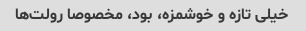
خیلی تازه و خوشمزه، بود، مخصوصا رولت‌ها